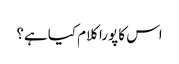
اس کا پورا کلام کیا ہے؟